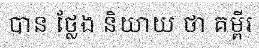
បាន ថ្លែង និយាយ ថា គម្ពីរ